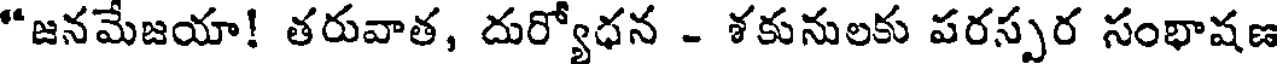
"జనమేజయా! తరువాత, దుర్యోధన - శకునులకు పరస్పర సంభాషణ